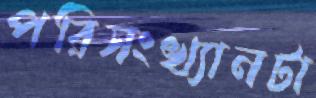
পরিসংখ্যানটা